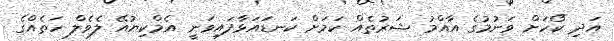
އަދި ކޯހަށް ވަނުމުގެ އާއްމު ޝަރުތެއް ކަމަށް ކަނޑައަޅާފައިވަނީ އެމްކިޔުއޭ ލެވެލް ހަތެއްގެ